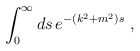
\begin{align*}\int_0^\infty ds\, e^{-(k^2 + m^2)s}\ , \end{align*}